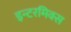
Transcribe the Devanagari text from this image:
इन्टरमिक्स